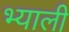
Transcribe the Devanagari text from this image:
भ्याली